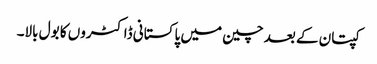
کپتان کے بعد چین میں پاکستانی ڈاکٹروں کا بول بالا۔